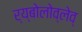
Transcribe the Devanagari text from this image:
र्य्बोलोव्लेव्